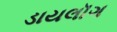
ડાયલૉગ